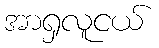
အာရှလူငယ်